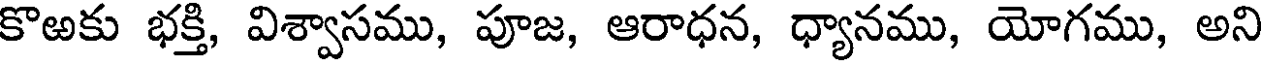
కొఱకు భక్తి, విశ్వాసము, పూజ, ఆరాధన, ధ్యానము, యోగము, అని